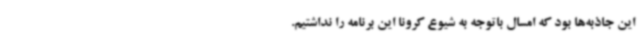
این جاذبه‌ها بود که امسال باتوجه به شیوع کرونا این برنامه را نداشتیم.